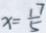
x = \frac { 1 7 } { 5 }